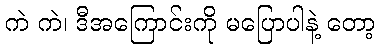
ကဲ ကဲ၊ ဒီအကြောင်းကို မပြောပါနဲ့ တော့